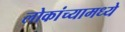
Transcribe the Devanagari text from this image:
लोकांच्यामध्ये